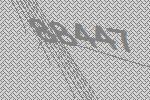
88447